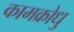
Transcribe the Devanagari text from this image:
कामक्रोधु